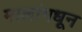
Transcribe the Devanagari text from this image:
मालांमधून